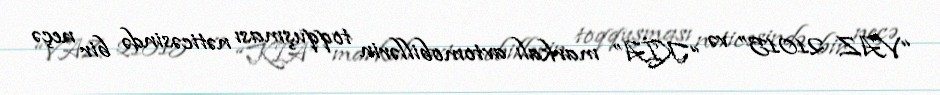
“VAZ 21015” və “KİA” markalı avtomobillərin toqquşması nəticəsində bir neçə